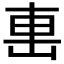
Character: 𨊥